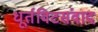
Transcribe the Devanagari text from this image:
धूर्तविटसंवाद